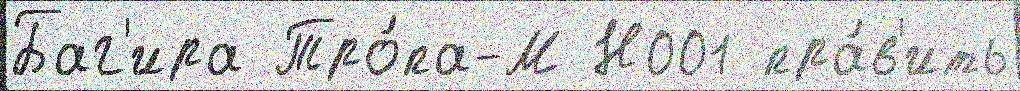
Баг'ира Тро́па-М Н001 пра́в'ить